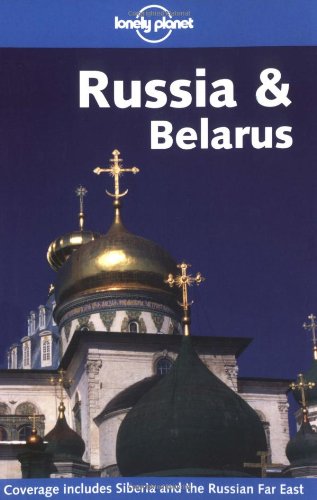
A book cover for Lonely Planet Russia & Belarus; Richmond Simon; Travel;